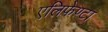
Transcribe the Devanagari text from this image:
एलिफेण्टा